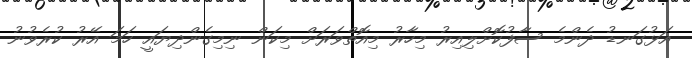
އަޅުގަނޑު ދެންމެ ސާފުކޮށްލިއިރު މިހާރު މިއޮތްވަރަށް މިކަން ނިމިގެންދިޔައީ ހަމަ އޭރު ކުރެވުނު